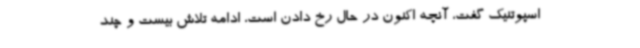
اسپوتنیک گفت، آنچه اکنون در حال رخ دادن است، ادامه تلاش بیست و چند